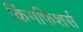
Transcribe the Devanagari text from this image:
किंगफिशर्स